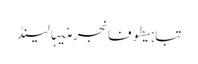
تباہیطوفانجرمنیہالینڈ